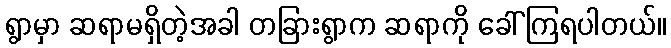
ရွာမှာ ဆရာမရှိတဲ့အခါ တခြားရွာက ဆရာကို ခေါ်ကြရပါတယ်။